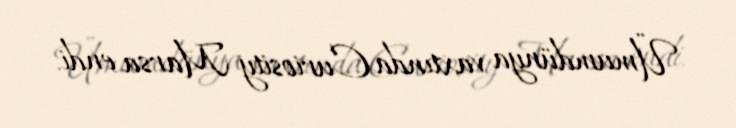
Ümumdünya vaxtında Curiosity Marsa endi.